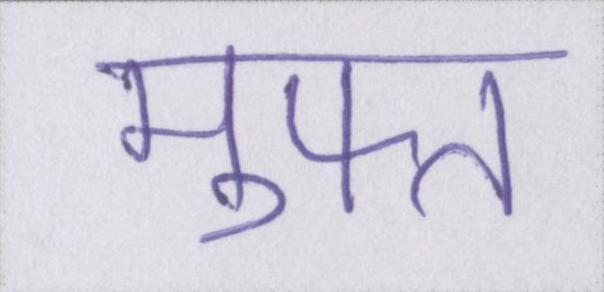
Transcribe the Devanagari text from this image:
मुफ्त